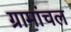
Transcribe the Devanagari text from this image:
ग्रामांचल